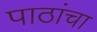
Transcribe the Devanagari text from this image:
पाठांचा